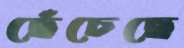
ছেঁচেছে